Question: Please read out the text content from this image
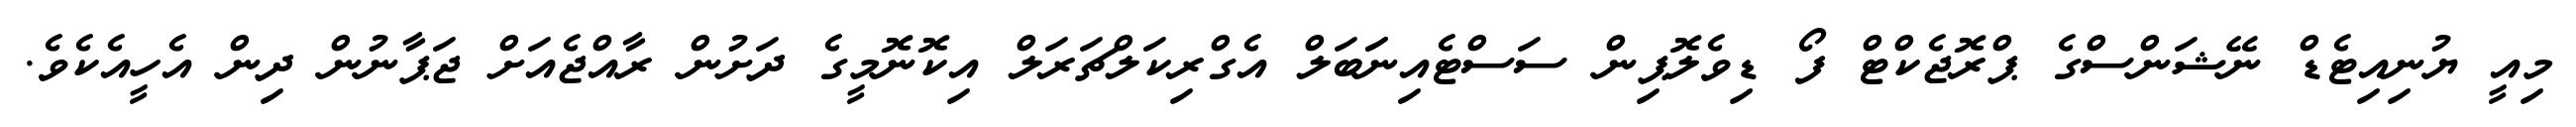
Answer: މިއީ ޔުނިއިޓެޑް ނޭޝަންސްގެ ޕްރޮޖެކްޓް ފޯ ޑިވެލޮޕިން ސަސްޓެއިނަަބަލް އެގްރިކަލްޗަރަލް އިކޮނޮމީގެ ދަށުން ރާއްޖެއަށް ޖަޕާނުން ދިން އެހީއެކެވެ.